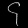
Digit: ၄